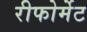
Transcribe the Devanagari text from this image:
रीफोर्मेट